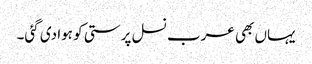
یہاں بھی عرب نسل پرستی کو ہوا دی گئی۔